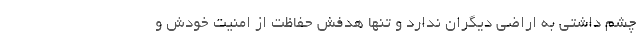
چشم داشتی به اراضی دیگران ندارد و تنها هدفش حفاظت از امنیت خودش و